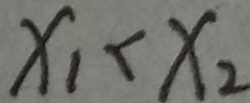
x _ { 1 } < x _ { 2 }